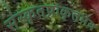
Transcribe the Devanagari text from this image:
संस्कृतप्राकृतमय